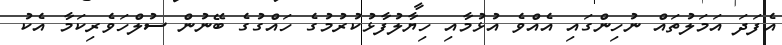
އެފަދަ އަމަލުތައް ނުހިންގައި އެއްވެ އުޅުމާއި ހިޔާލުފާޅުކުރުމުގެ ހައްގުގެ ބޭނުން ސުލްހަވެރިކަމާ އެކު